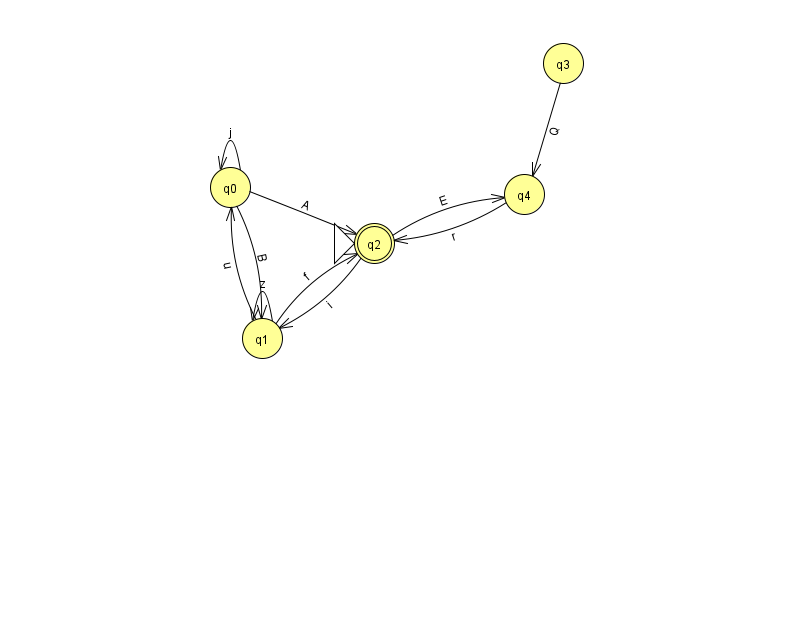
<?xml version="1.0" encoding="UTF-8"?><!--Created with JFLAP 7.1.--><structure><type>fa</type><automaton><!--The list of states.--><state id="0" name="q0"><x>230.0</x><y>174.0</y></state><state id="1" name="q1"><x>262.0</x><y>325.0</y></state><state id="2" name="q2"><x>374.0</x><y>230.0</y><initial/><final/></state><state id="3" name="q3"><x>563.0</x><y>50.0</y></state><state id="4" name="q4"><x>524.0</x><y>181.0</y></state><!--The list of transitions.--><transition><from>0</from><to>1</to><read>B</read></transition><transition><from>2</from><to>1</to><read>i</read></transition><transition><from>1</from><to>0</to><read>u</read></transition><transition><from>0</from><to>2</to><read>A</read></transition><transition><from>2</from><to>4</to><read>E</read></transition><transition><from>3</from><to>4</to><read>Q</read></transition><transition><from>0</from><to>0</to><read>j</read></transition><transition><from>1</from><to>1</to><read>z</read></transition><transition><from>1</from><to>2</to><read>f</read></transition><transition><from>4</from><to>2</to><read>r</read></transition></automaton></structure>